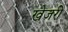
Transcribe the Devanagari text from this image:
खेजरी